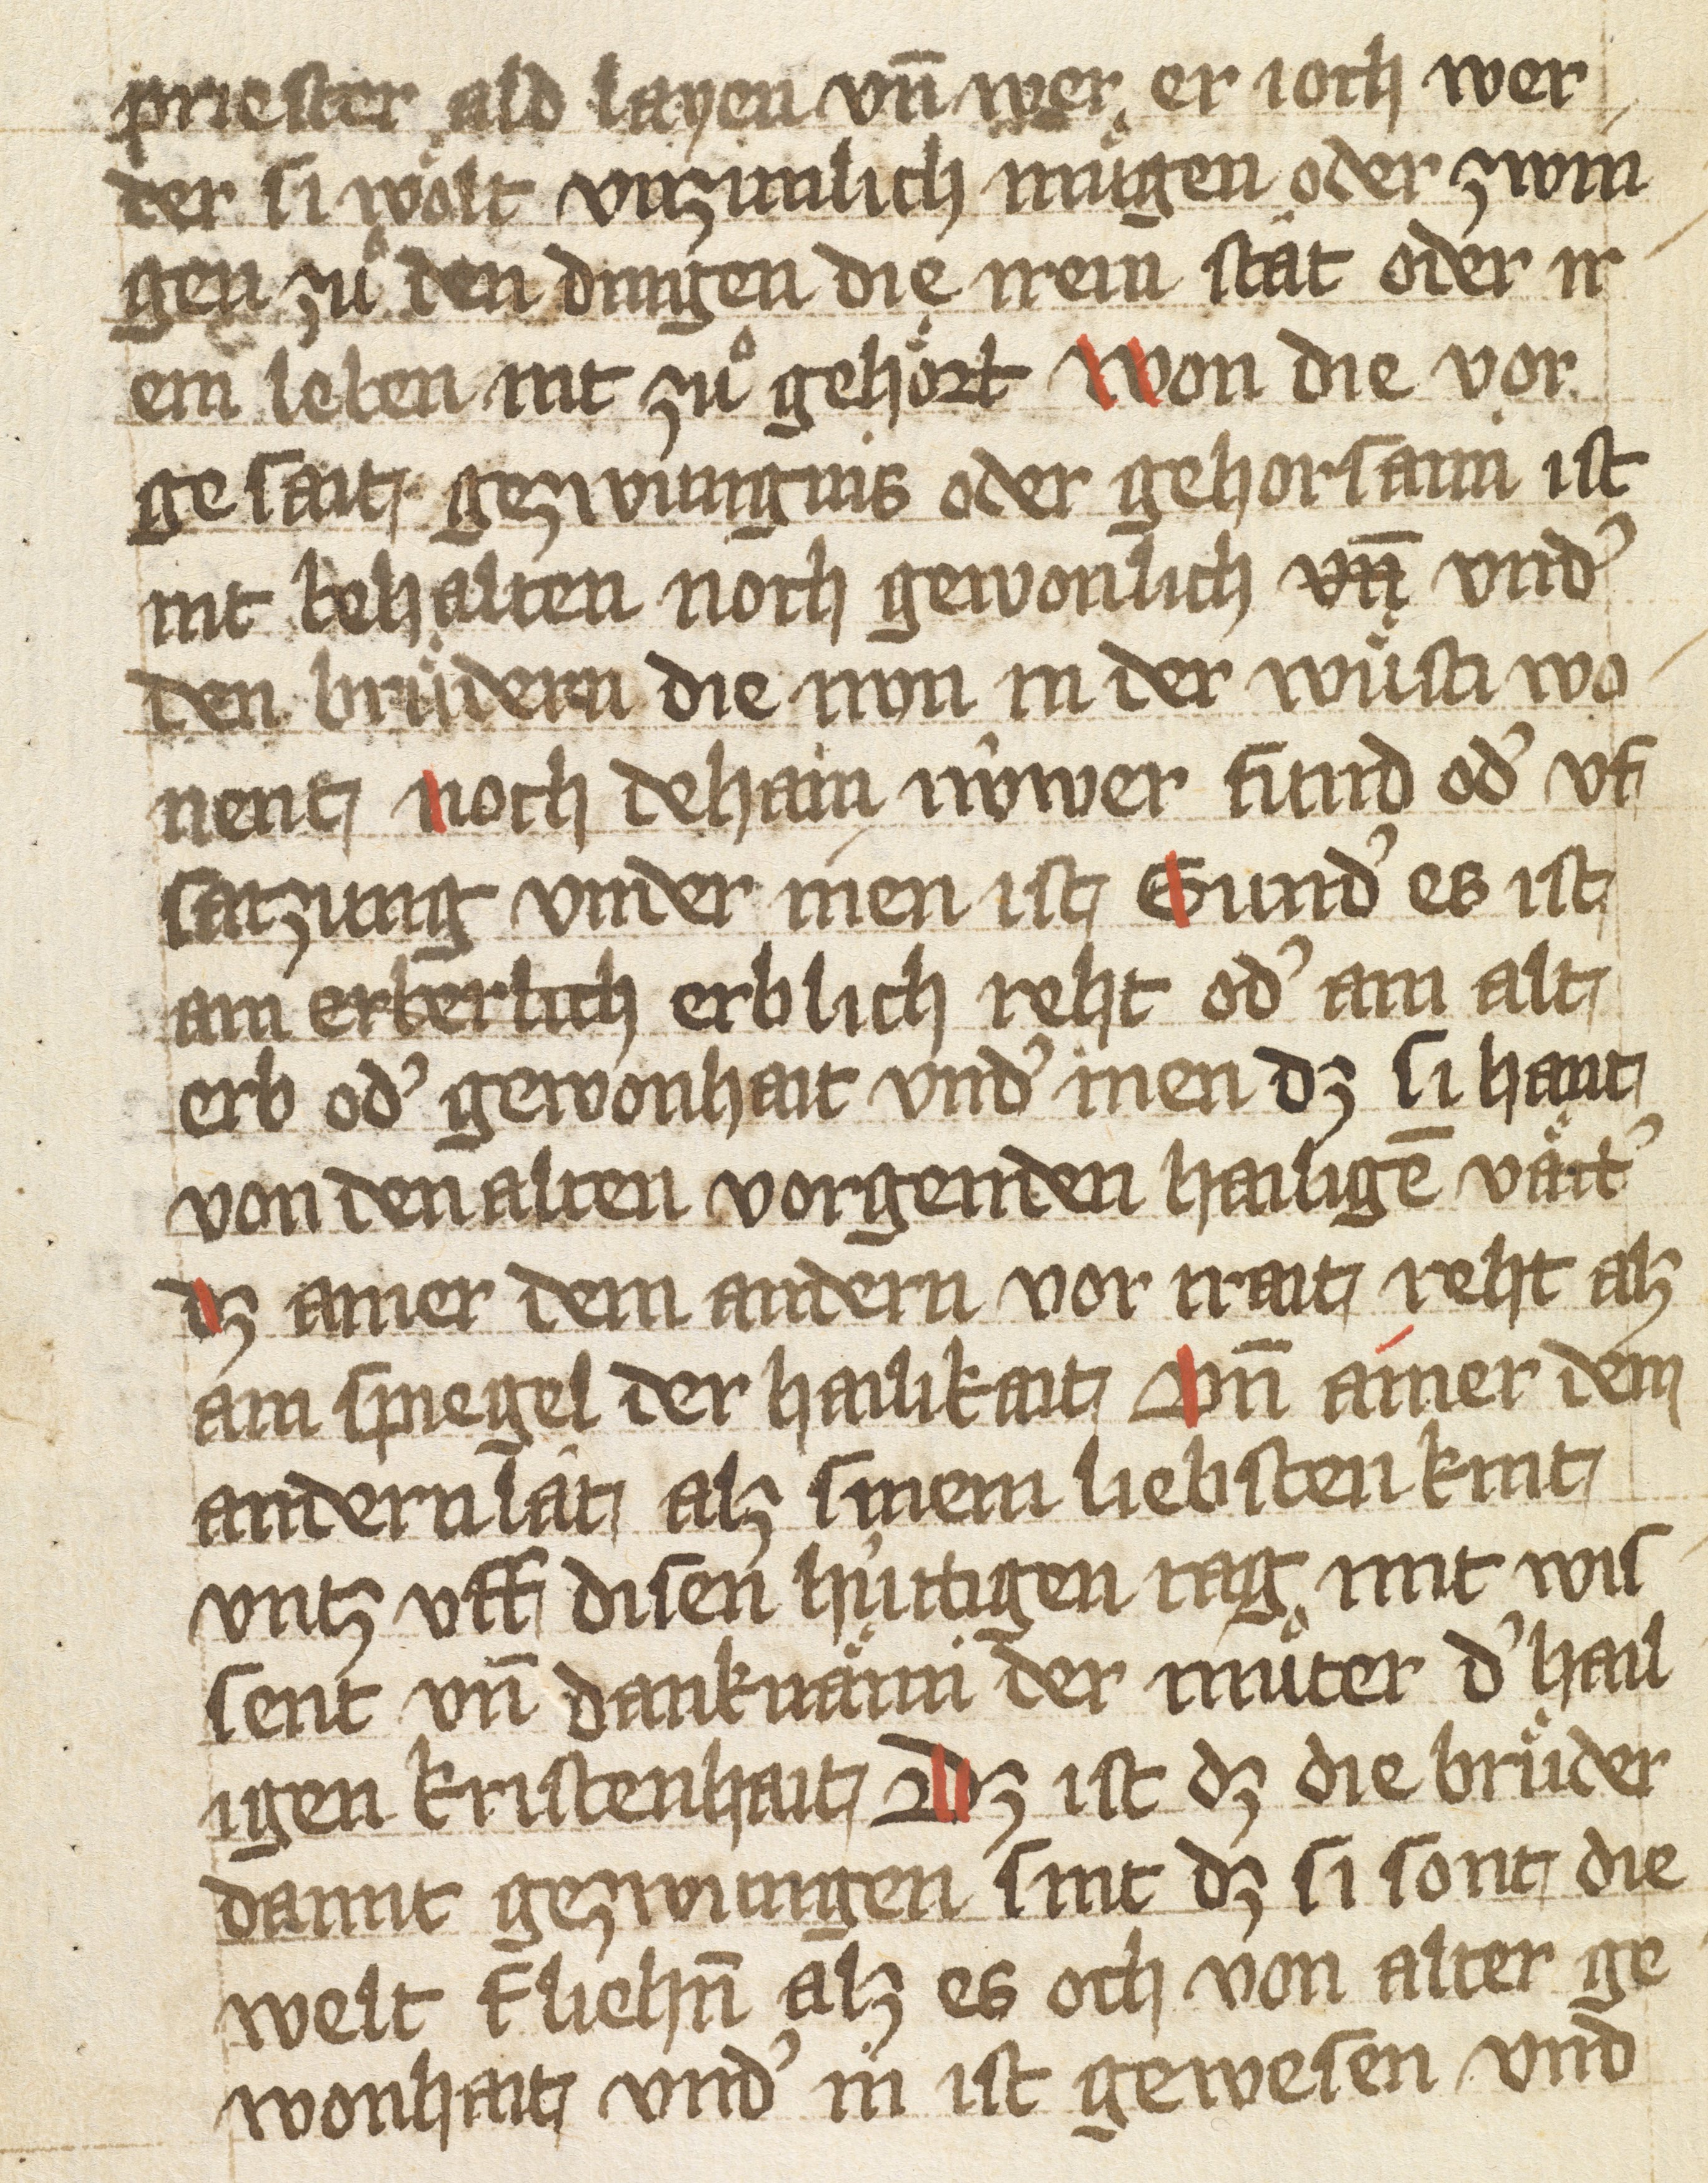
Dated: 1425–1425